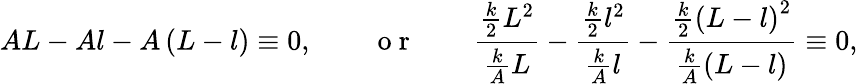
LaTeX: AL-Al-A\left(L-l\right)\equiv 0,\quad\quad\mathrm{~o~r~}\quad\quad\frac{\frac{k}{2}L^{2}}{\frac{k}{A}L}-\frac{\frac{k}{2}l^{2}}{\frac{k}{A}l}-\frac{\frac{k}{2}\left(L-l\right)^{2}}{\frac{k}{A}\left(L-l\right)}\equiv 0,